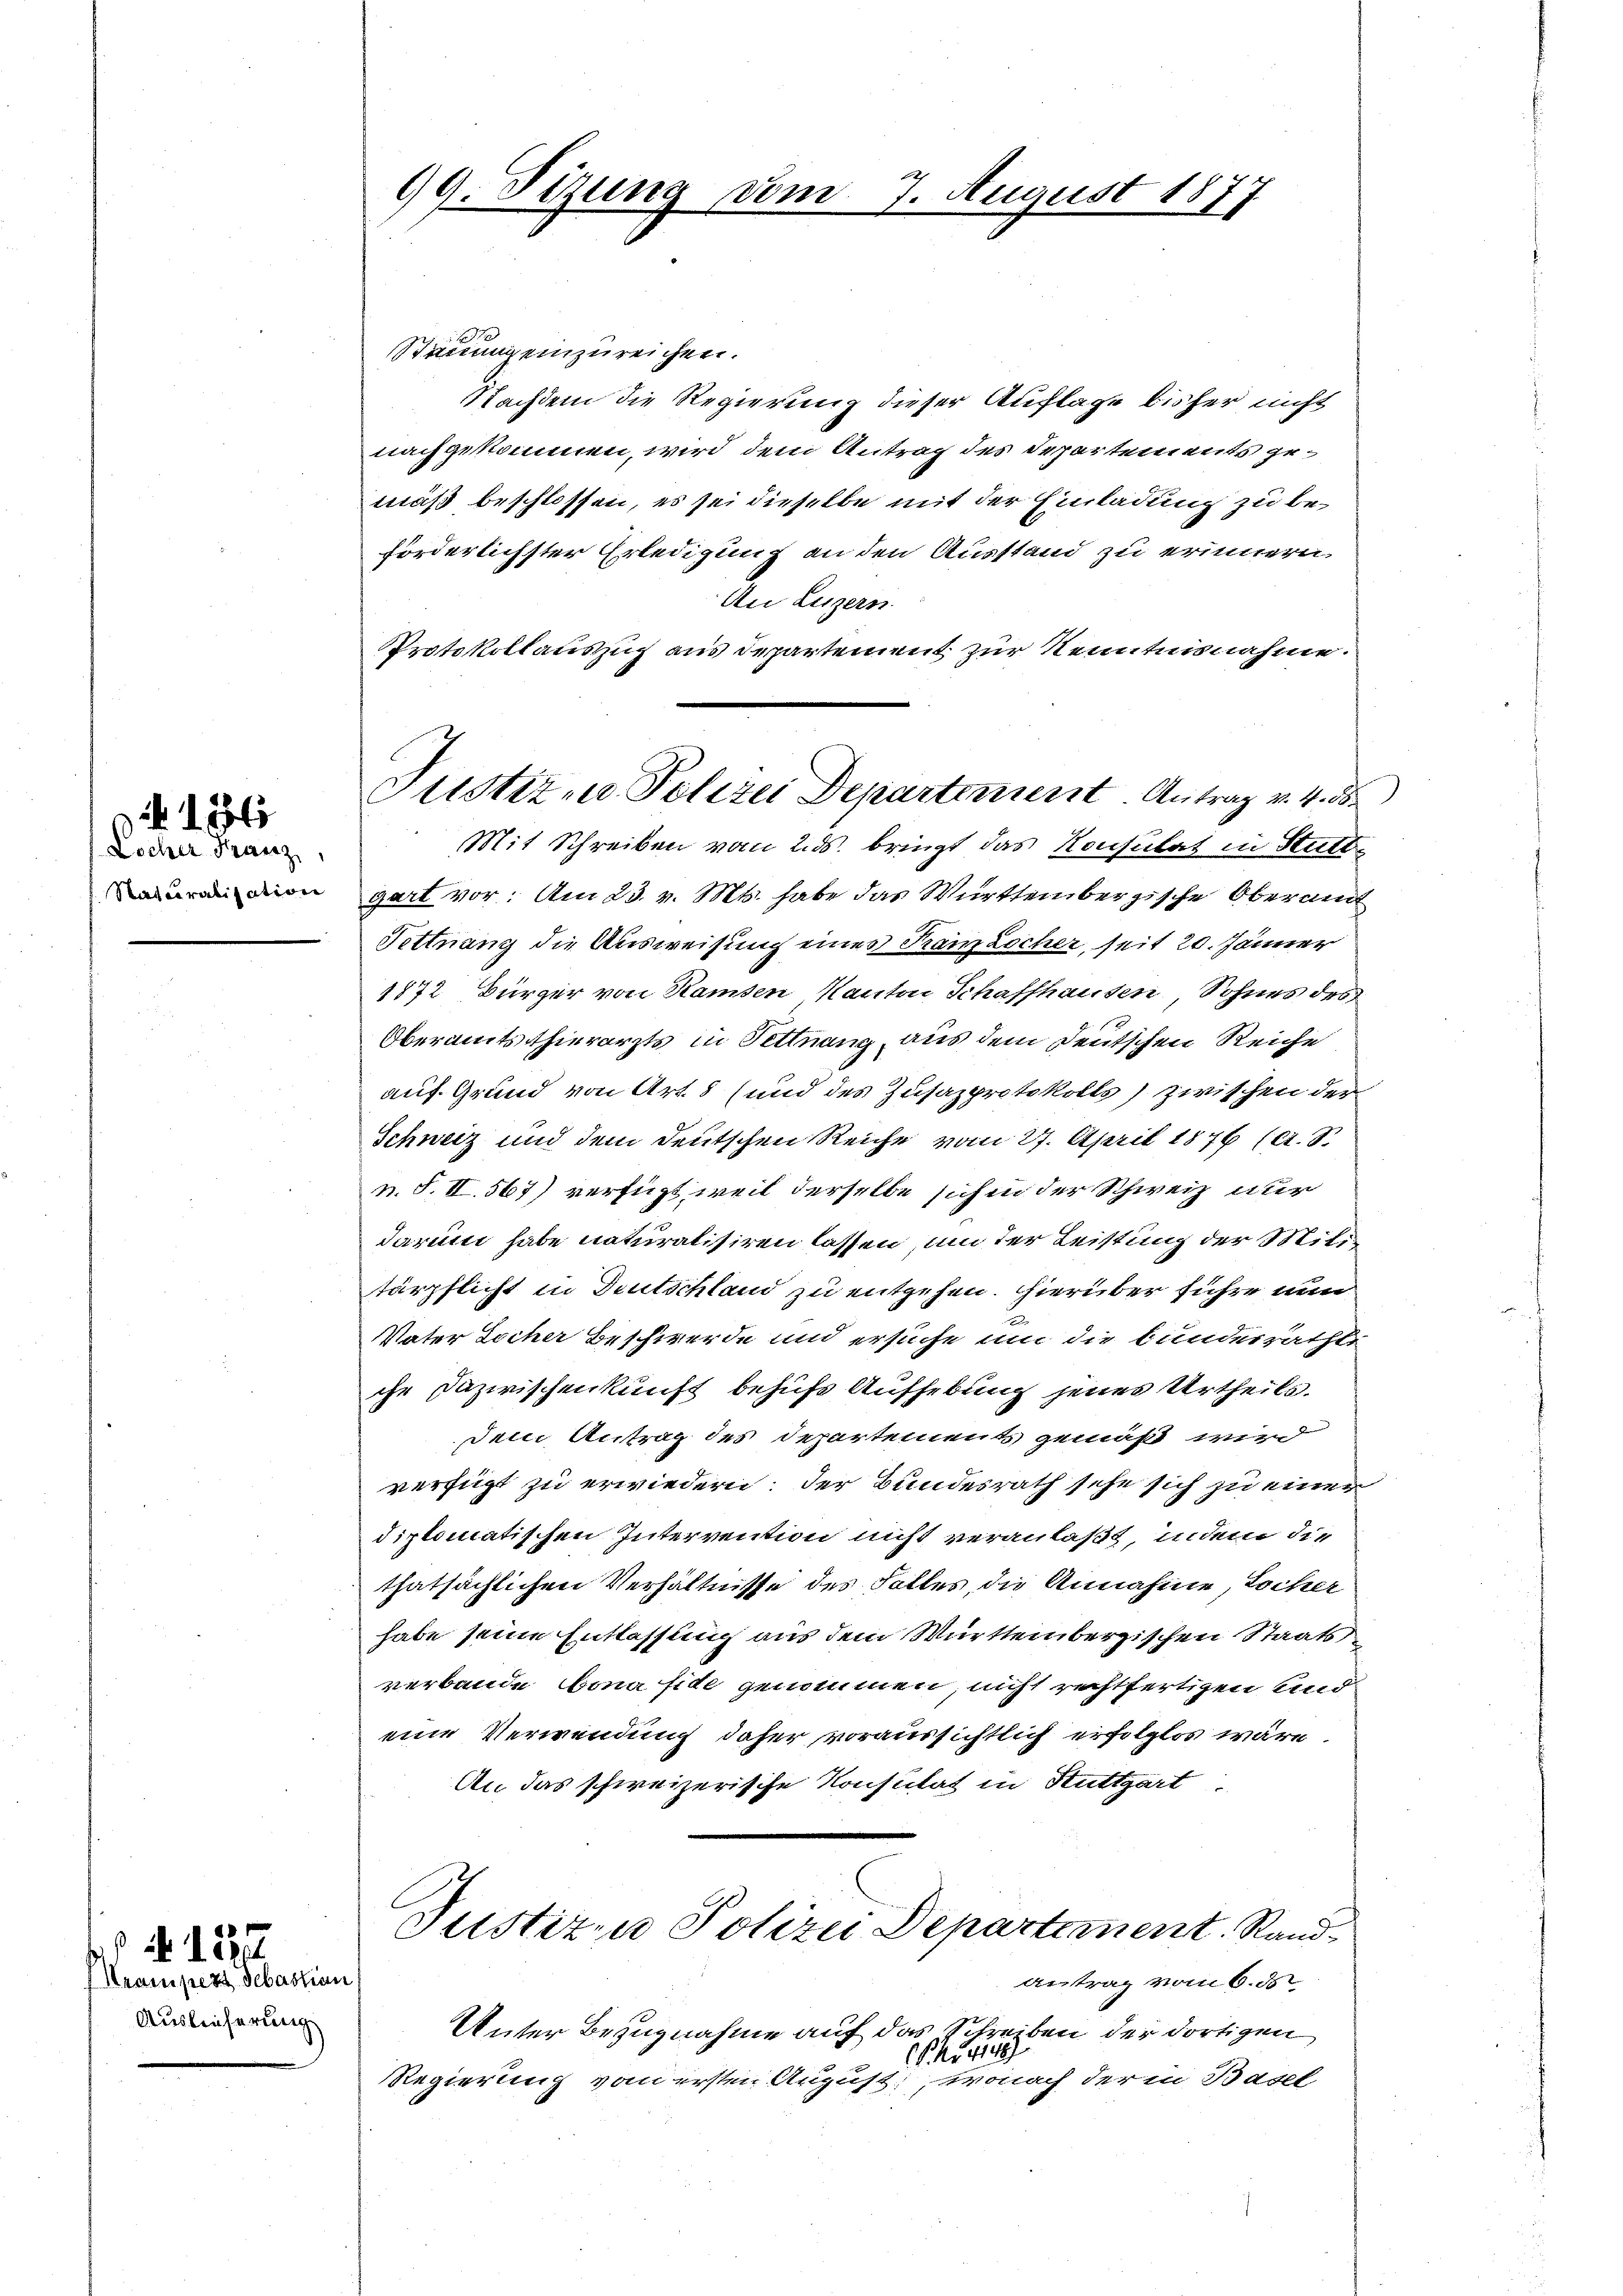
Locher Franz
Naturalisation

Krampert Sebastian
Auslieferung

N 127

99. Sizung vom 7. August 1877

Stauung einzureichen.
Nachdem die Regierung dieser Auflage bisher nicht
nachgekommen, wird dem Antrag des Departements gemäß beschlossen, es sei dieselbe mit der Einladung zu beförderlichster Erledigung an den Ausstand zu erinnern,
An Luzern.
Protokollauszug aus Departement zur Kenntnisnahme.
Mit Schreiben vom 2. ds. bringt das Konsulat in Stutt
gart vor. Am 23. v. Mts. habe das Württembergische Oberamt
Tettnang die Ausweisung eines Franz Locher, seit 20. Jänner
1872 Bürger von Ramsen Kanton Schaffhausen Sohnes des
Oberamtsthierarzts in Pettnang, aus dem Deutschen Reiche
auf Grund von Art. 8 (und des Zusazprotokolls) zwischen der
Schweiz und dem deutschen Reiche vom 27. April 1876 (A. S.
n. F. II. 567) verfügt, weil derselbe sich in der Schweiz nur
darum habe naturalisiren lassen, um der Leistung der Militärpflicht in Deutschland zu entgehen. Hierüber führe nun
Vater Locher Beschwerde und ersuche um die bunderrathte
che Dazwischenkunft behufs Aufhebung jenes Urtheils.
dem Antrag des Departements gemäß wird
verfügt zu erwiedern: der Bundesrath sehe sich zu einen
diplomatischen Intervention nicht veranlaßt, indem die
thatsächlichen Verhältnisse des Falles, die Annahme, Locher
habe seine Entlassung aus dem Württembergischen Staatsverbande Bona fide genommen, nicht rechtfertigen und
eine Verwendung daher voraussichtlich erfolglos wäre
An das schweizerische Konsulat in Stuttgart.
Justizen Polizei Departement. Randantrag vom 6. ds.
Unter Bezugnahme auf das Schreiben der dortigen
P u 414
Regierung vom ersten August, wonach der in Basel

Justiz- u. Polizei Departement Antrag v. 4. 58

J